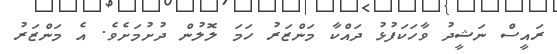
ރައީސް ނަޝީދު ވާހަކަފުޅު ދައްކާ މަންޒަރު ހަމަ ލޮލުން ދުށުމަށެވެ. އެ މަންޒަރު